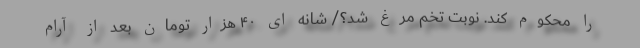
را محکوم کند. نوبت تخم مرغ شد؟/ شانه ای ۴۰ هزار تومان بعد از آرام